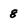
Character: 8